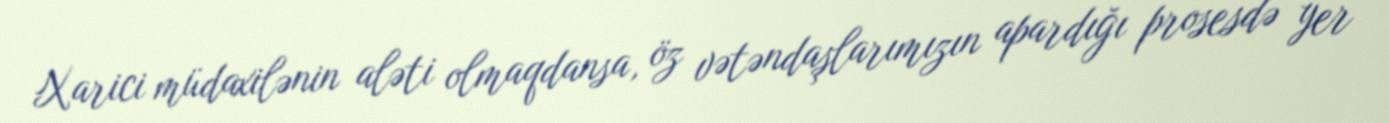
Xarici müdaxilənin aləti olmaqdansa, öz vətəndaşlarımızın apardığı prosesdə yer